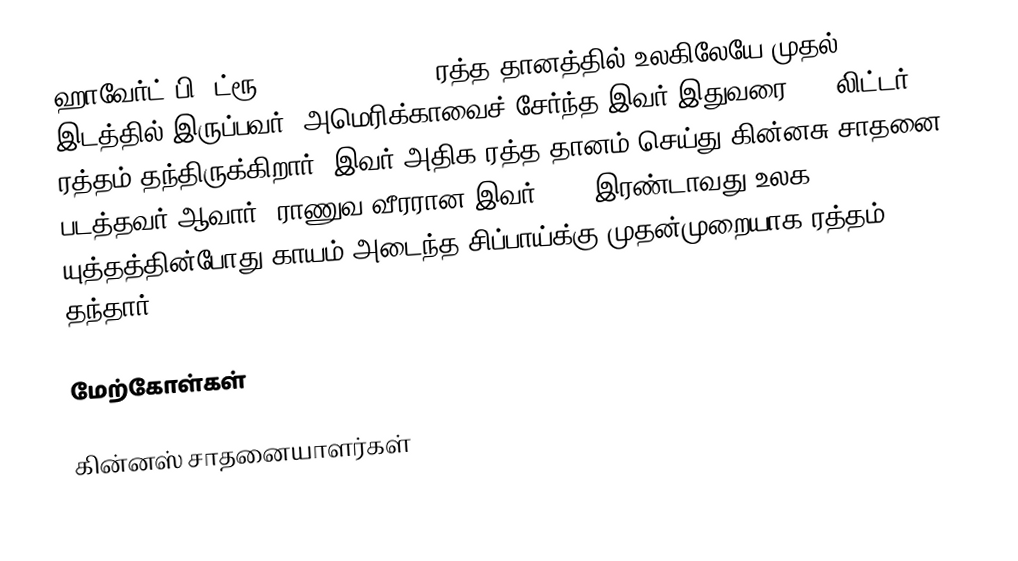
ஹாவேர்ட் பி. ட்ரூ (Howard P. Drew) ரத்த தானத்தில் உலகிலேயே முதல் இடத்தில் இருப்பவர். அமெரிக்காவைச் சேர்ந்த இவர் இதுவரை 106 லிட்டர் ரத்தம் தந்திருக்கிறார். இவர் அதிக ரத்த தானம் செய்து கின்னசு சாதனை படத்தவர் ஆவார். ராணுவ வீரரான இவர் 1943 இரண்டாவது உலக யுத்தத்தின்போது காயம் அடைந்த சிப்பாய்க்கு முதன்முறையாக ரத்தம் தந்தார்.

மேற்கோள்கள்

கின்னஸ் சாதனையாளர்கள்